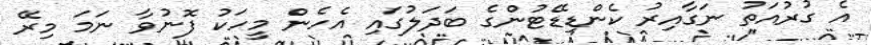
އެ ގުރުއަތު ނަގާއިރު ކެންޑިޑޭޓުންގެ ބަދަލުގައި އެހެން މީހަކު ފޮނުވާ ނަމަ މިރޭ